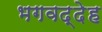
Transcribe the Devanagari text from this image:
भगवद्देह